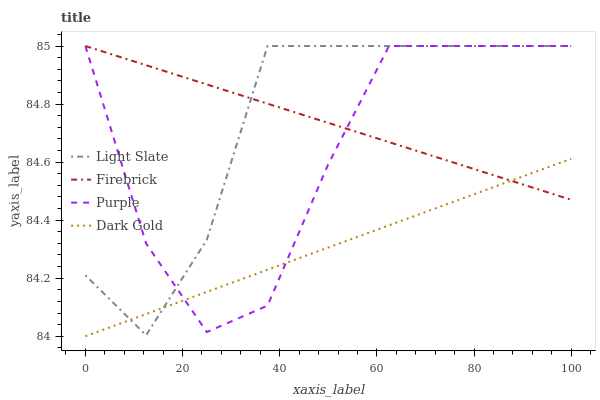
| xaxis_label | Light Slate | Firebrick | Purple | Dark Gold |
 | --- | --- | --- | --- | --- |
 | 0 | 84.2 | 85 | 85 | 84 |
 | 12.5 | 84 | 84.9 | 84.3 | 84.1 |
 | 25 | 84.3 | 84.9 | 84 | 84.2 |
 | 37.5 | 85 | 84.8 | 84.1 | 84.2 |
 | 50 | 85 | 84.7 | 84.6 | 84.3 |
 | 62.5 | 85 | 84.7 | 85 | 84.4 |
 | 75 | 85 | 84.6 | 85 | 84.5 |
 | 87.5 | 85 | 84.5 | 85 | 84.5 |
 | 100 | 85 | 84.5 | 85 | 84.6 |